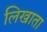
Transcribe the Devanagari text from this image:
लिखाता